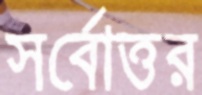
সর্বোত্তর